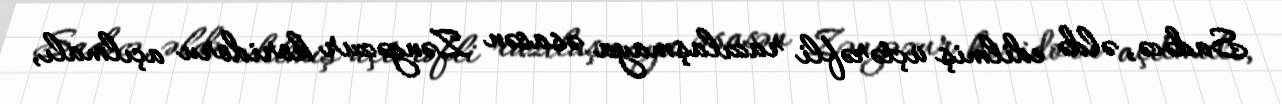
Sadəcə, əldə edilmiş üçtərəfli razılaşmaya əsasən Zəngəzur koridoru açılmalı,